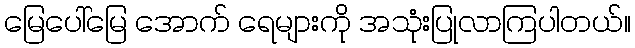
မြေပေါ်မြေ အောက် ရေများကို အသုံးပြုလာကြပါတယ်။